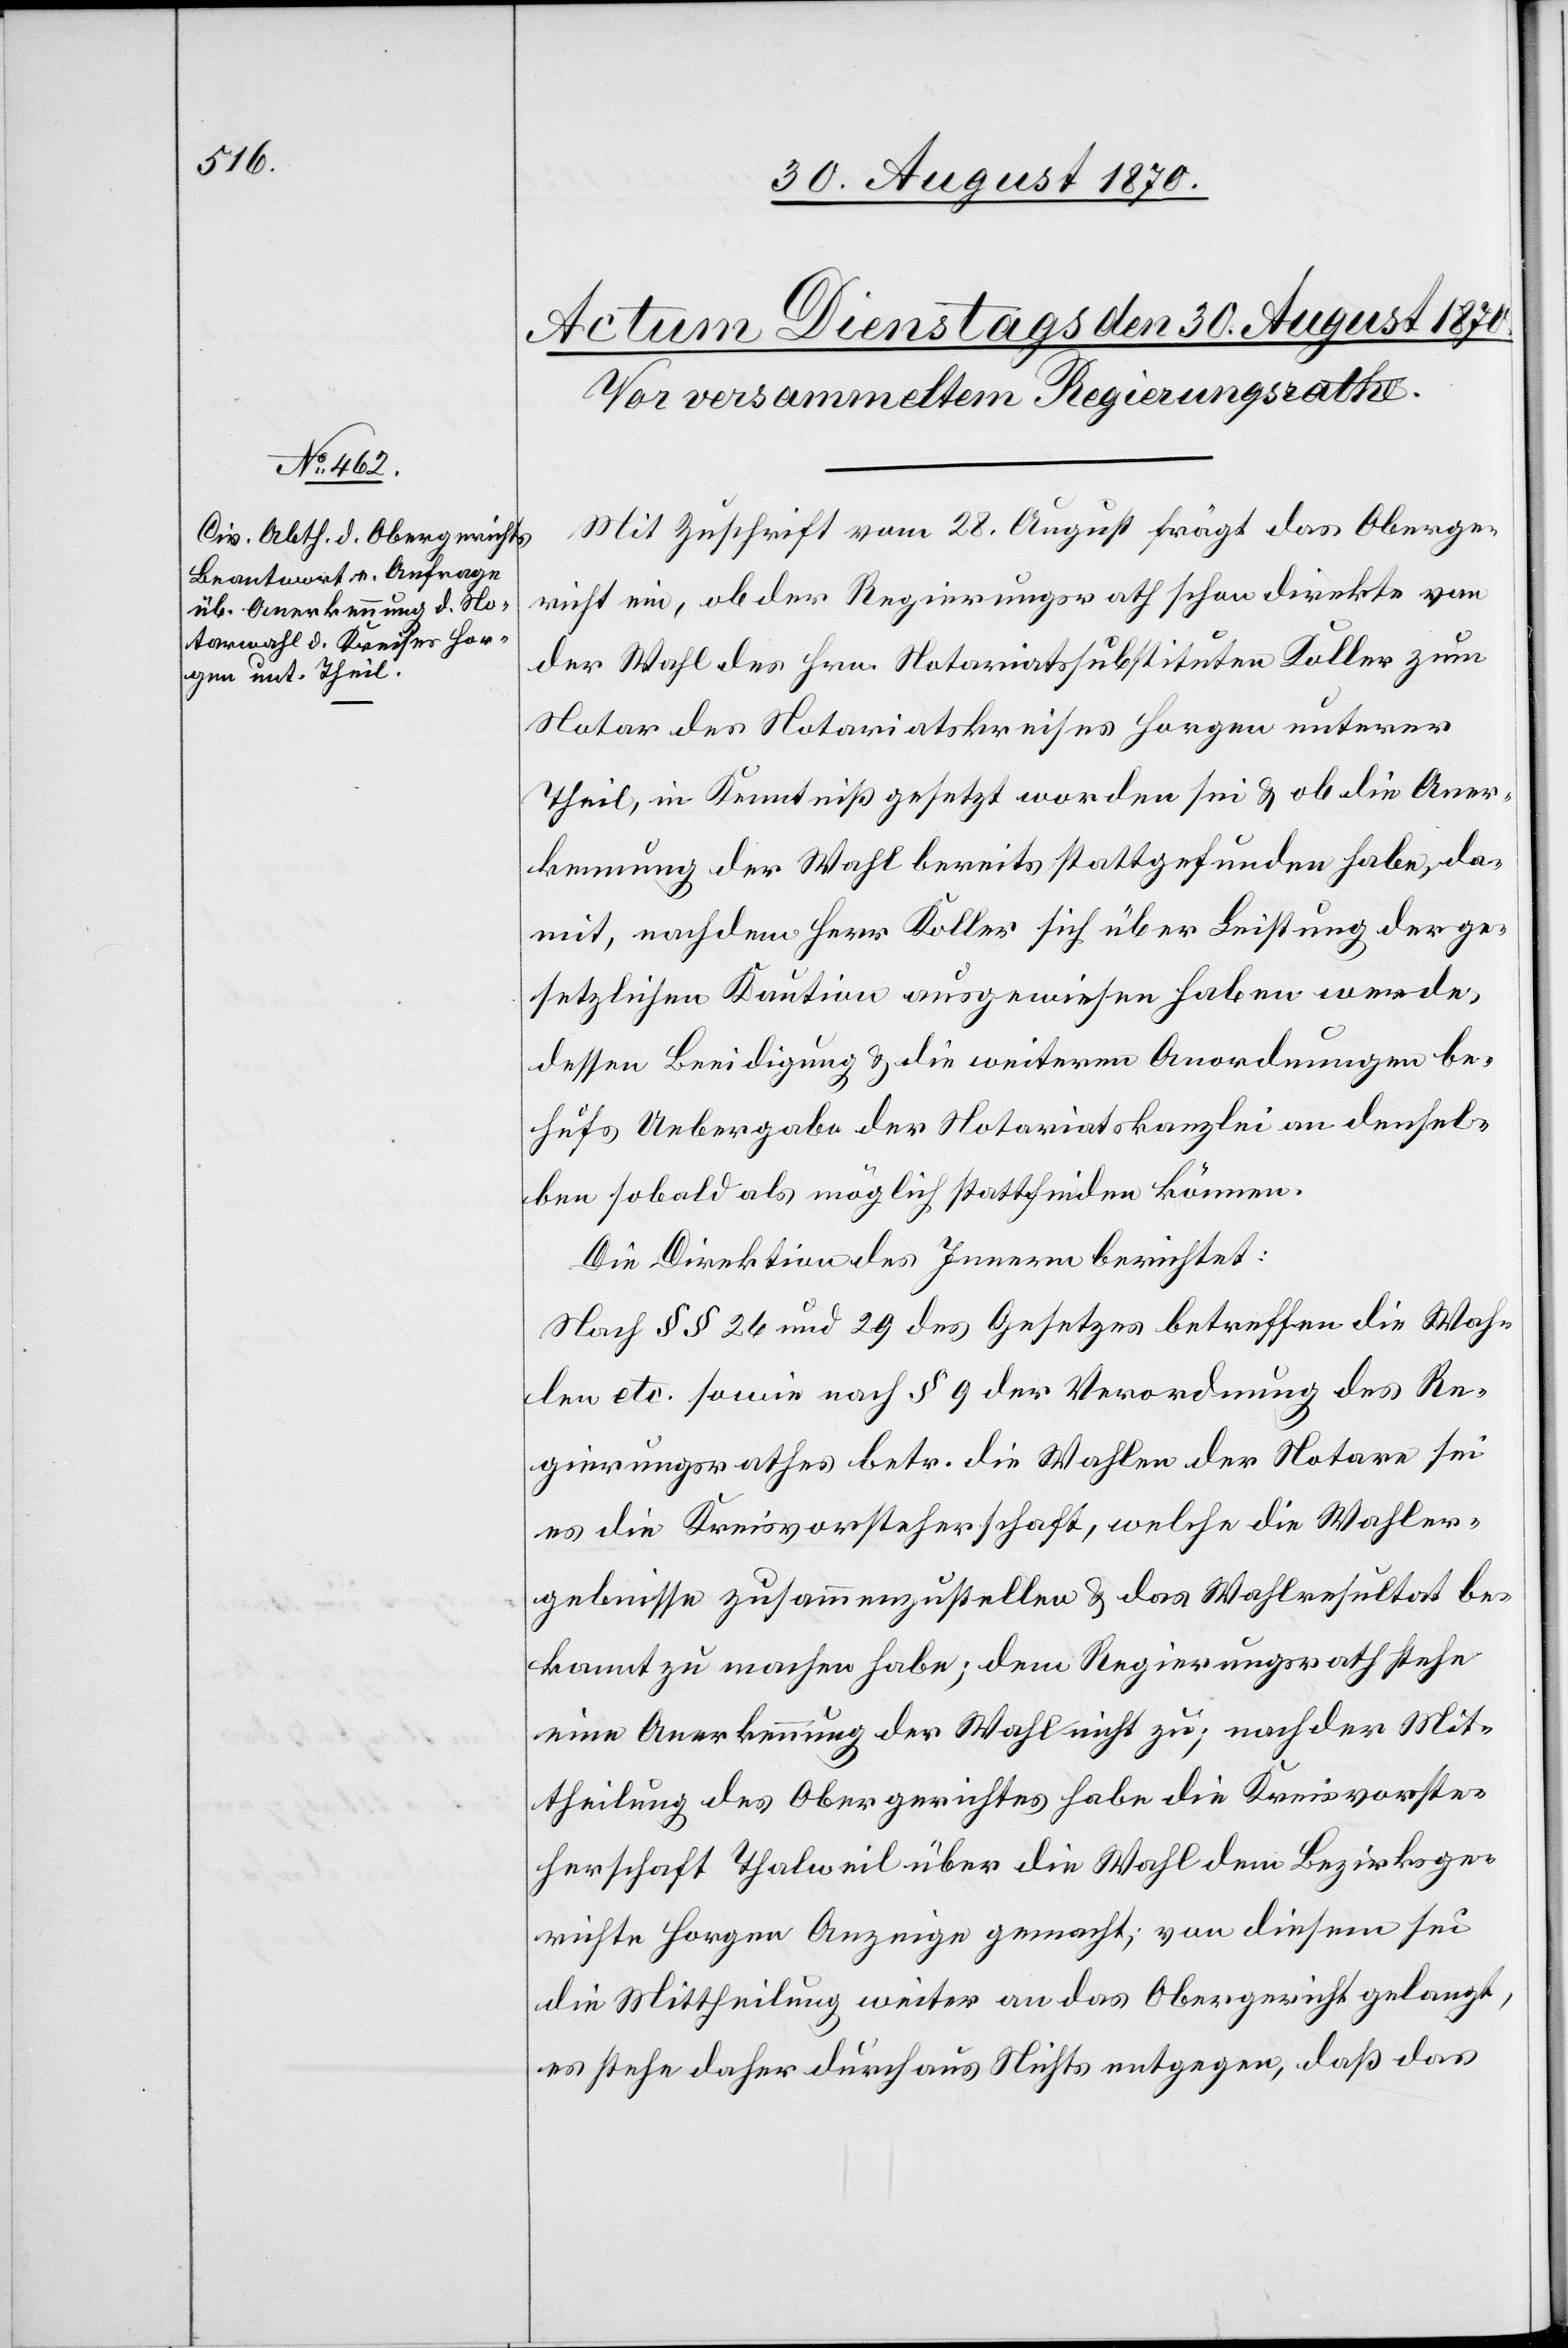
Mit Zuschrift vom 28. August frägt das Oberge¬
richt ein, ob der Regierungsrath schon direkte von
der Wahl des Hrn. Notariatssubstituten Koller zum
Notar des Notariatskreises Horgen unterer
Theil, in Kenntniß gesetzt worden sei & ob die Aner¬
kennung der Wahl bereits stattgefunden habe, da¬
mit, nachdem Herr Koller sich über Leistung der ge¬
setzlichen Kaution ausgewiesen haben werde,
dessen Beeidigung & die weiteren Anordnungen be¬
hufs Uebergabe der Notariatskanzlei an densel¬
ben sobald möglich stattfinden können.
Die Direktion des Innern berichtet:
Nach §§ 26 und 29 des Gesetzes betreffen[d] die Wah¬
len etc. sowie nach § 9 der Verordnung des Re¬
gierungsrathes betr. die Wahlen der Notare sei
es die Kreisvorsteherschaft, welche die Wahler¬
gebnisse zusammenzustellen & das Wahlresultat be¬
kannt zu machen habe; dem Regierungsrath stehe
eine Anerkennung der Wahl nicht zu; nach der Mit¬
theilung des Obergerichtes habe die Kreisvorste¬
herschaft Thalweil über die Wahl dem Bezirksge¬
richte Horgen Anzeige gemacht; von diesem sei
die Mittheilung weiter an das Obergericht gelangt,
es stehe daher durchaus Nichts entgegen, daß das